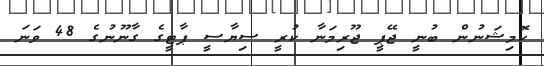
ކޮމިޝަނުން ބުނީ ޖޭޕީ ޖޫރިމަނާ ކުރީ ސިޔާސީ ޕާޓީގެ ގާނޫނުގެ 48 ވަނަ